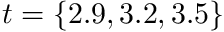
t = \{ 2 . 9 , 3 . 2 , 3 . 5 \}